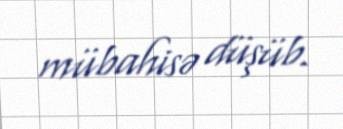
mübahisə düşüb.